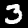
Digit: 3